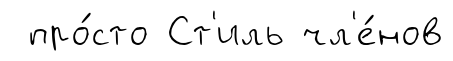
про́сто Ст'иль чл'е́нов